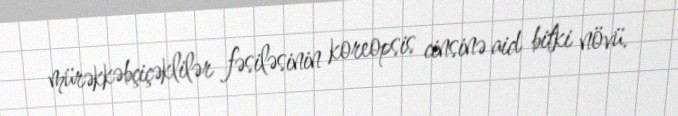
mürəkkəbçiçəklilər fəsiləsinin koreopsis cinsinə aid bitki növü.